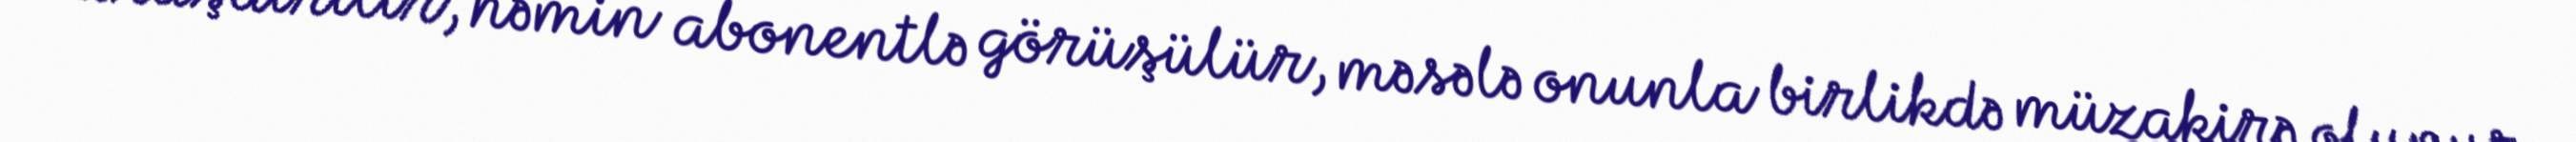
araşdırılır, həmin abonentlə görüşülür, məsələ onunla birlikdə müzakirə olunur.